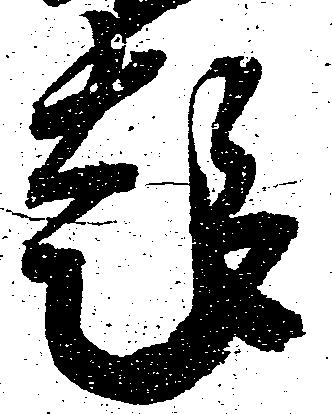
趣